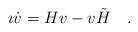
LaTeX: \begin{align*}\imath \dot{v} = H v - v \tilde{H} ~~~ .\end{align*}